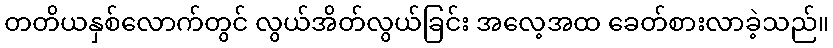
တတိယနှစ်လောက်တွင် လွယ်အိတ်လွယ်ခြင်း အလေ့အထ ခေတ်စားလာခဲ့သည်။